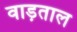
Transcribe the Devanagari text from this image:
वाड़ताल